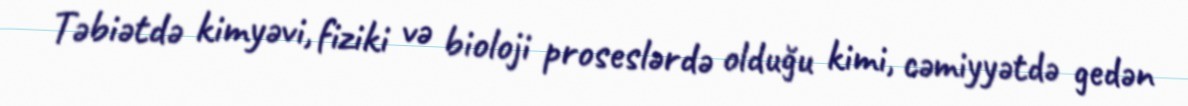
Təbiətdə kimyəvi, fiziki və bioloji proseslərdə olduğu kimi, cəmiyyətdə gedən